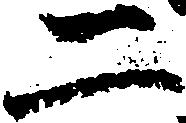
二